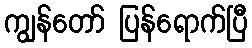
ကျွန်တော် ပြန်ရောက်ပြီ